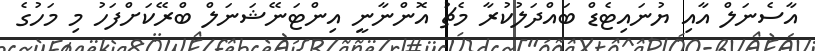
އާސެނަލް އާއި ޔުނައިޓެޑް ބައްދަލުކުރާ މެޗު އޮންނާނީ އިންޓަނޭޝަނަލް ބްރޭކަށްފަހު މި މަހުގެ